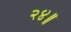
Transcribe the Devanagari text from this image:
२४॥